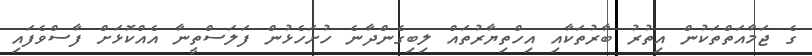
ގެ ޖަމާއަތްތަކުން އިތުރު ބާރުތަކާއި އިހްތިޔާރުތައް ލިބިގެންދާނެ ހުށަހެޅުން ފަލަސްތީނާ އެއްކޮޅަށް ފާސްވެފައި